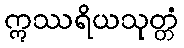
ဣဿရိယသုတ္တံ